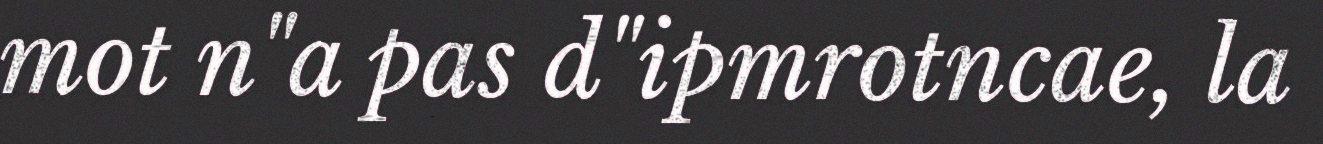
mot n"a pas d"ipmrotncae, la